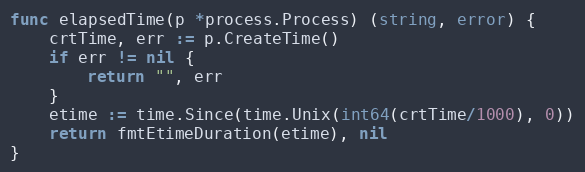
Language: Go
func elapsedTime(p *process.Process) (string, error) {
	crtTime, err := p.CreateTime()
	if err != nil {
		return "", err
	}
	etime := time.Since(time.Unix(int64(crtTime/1000), 0))
	return fmtEtimeDuration(etime), nil
}